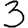
Digit: 3